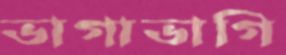
ভাগাভাগি